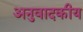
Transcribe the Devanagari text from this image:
अनुवादकीय